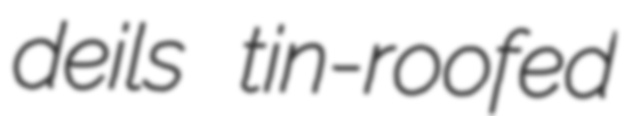
deils tin-roofed